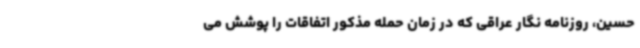
حسین، روزنامه نگار عراقی که در زمان حمله مذکور اتفاقات را پوشش می